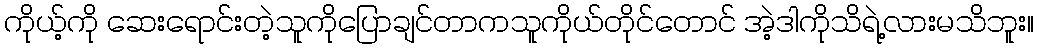
ကိုယ့်ကို ဆေးရောင်းတဲ့သူကိုပြောချင်တာကသူကိုယ်တိုင်တောင် အဲ့ဒါကိုသိရဲ့လားမသိဘူး။